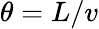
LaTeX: \theta=L/v